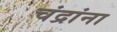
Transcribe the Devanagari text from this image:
चंद्रांना